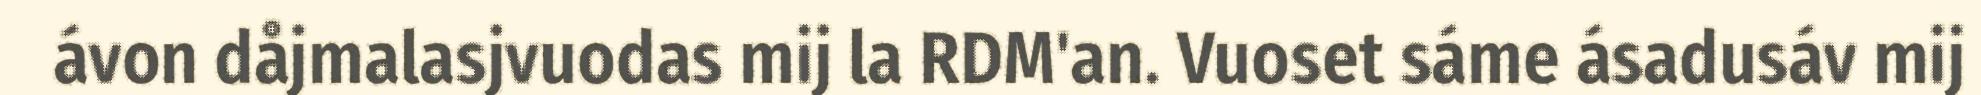
ávon dåjmalasjvuodas mij la RDM'an. Vuoset sáme ásadusáv mij